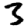
Digit: 3